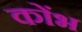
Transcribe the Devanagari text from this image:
कोंभ